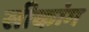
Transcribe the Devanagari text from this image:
सीकांग